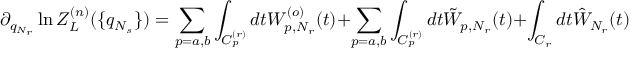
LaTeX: \partial _ { q _ { N _ { r } } } \ln Z _ { L } ^ { ( n ) } ( \{ q _ { N _ { s } } \} ) = \sum _ { p = a , b } \int _ { C _ { p } ^ { ( r ) } } d t W _ { p , N _ { r } } ^ { ( o ) } ( t ) + \sum _ { p = a , b } \int _ { C _ { p } ^ { ( r ) } } d t \tilde { W } _ { p , N _ { r } } ( t ) + \int _ { C _ { r } } d t \hat { W } _ { N _ { r } } ( t ) + I _ { ( a n ) }